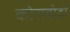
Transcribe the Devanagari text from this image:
कोराबोदा